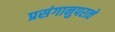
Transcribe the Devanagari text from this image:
प्रसंगानुपरत्वे